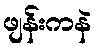
ဖျန်းကနဲ